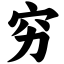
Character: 穷